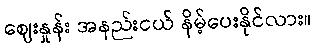
ဈေးနှုန်း အနည်းငယ် နိမ့်ပေးနိုင်လား။